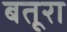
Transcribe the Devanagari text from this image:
बतूरा